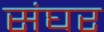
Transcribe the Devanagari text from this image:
संघर